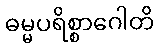
ဓမ္မပရိစ္စာဂေါတိ